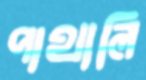
পাথালি